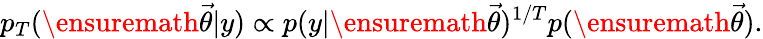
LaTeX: p_{T}(\ensuremath{\vec{\theta}}|y)\propto p(y|\ensuremath{\vec{\theta}})^{1/T}p(\ensuremath{\vec{\theta}}).